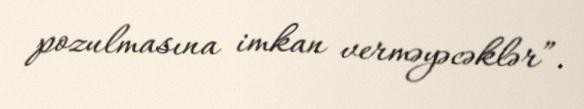
pozulmasına imkan verməyəcəklər”.